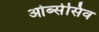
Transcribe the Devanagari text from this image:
ओब्सेसिव